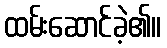
ထမ်းဆောင်ခဲ့၏။